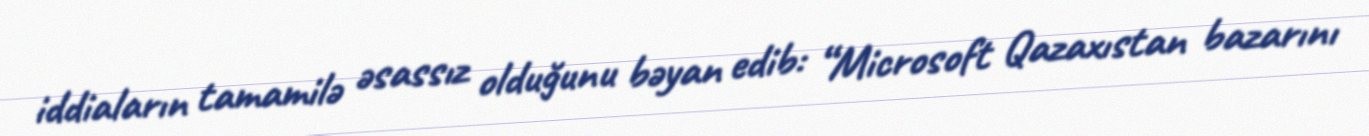
iddiaların tamamilə əsassız olduğunu bəyan edib: “Microsoft Qazaxıstan bazarını